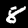
Digit: 8